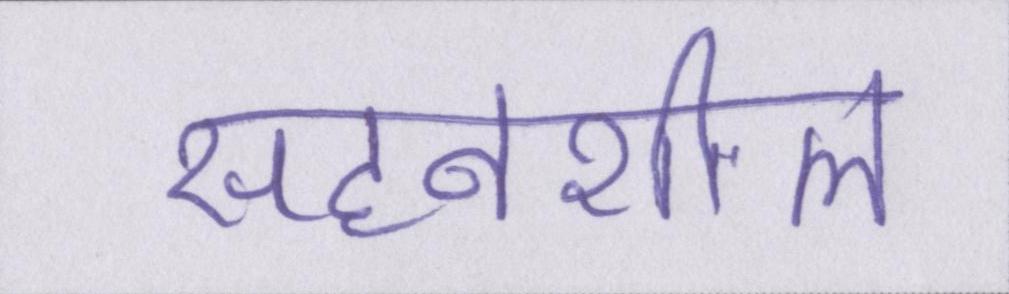
सहनशील